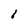
Character: I